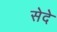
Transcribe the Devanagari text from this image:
सेदे